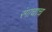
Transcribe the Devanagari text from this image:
रंगाचाच